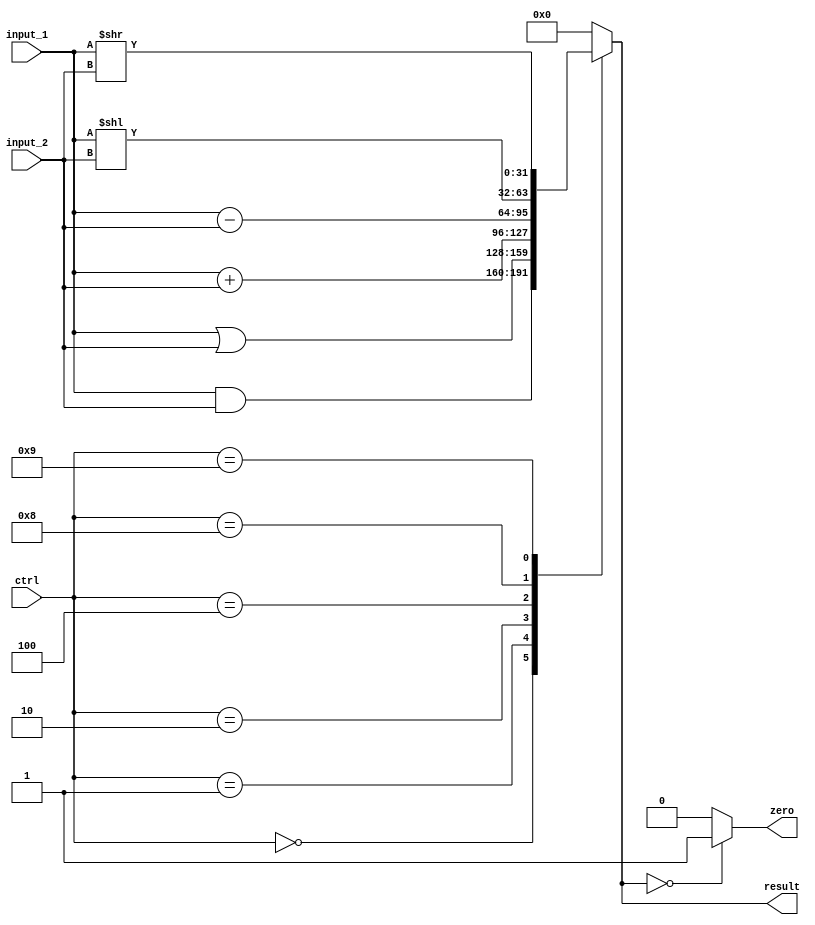
module alu(
    input [31:0] input_1,
    input [31:0] input_2,
    input[3:0] ctrl,
    output reg zero,
    output reg [31:0] result
);

always @ (input_1 or input_2 or  ctrl)
begin
  case (ctrl)
    4'b0000: result = input_1&input_2; //AND
    4'b0001: result = input_1 | input_2; //OR
    4'b0010: result = input_1 + input_2; //ADD
    4'b0100: result = input_1 - input_2; //SUB
    4'b1000: result = input_1<<input_2;//SLL
    4'b1001: result = input_1>>input_2;//SRL
    default: result = 0;
  endcase

  if (result == 0)
    zero = 1;
  else
    zero = 0;

end

endmodule